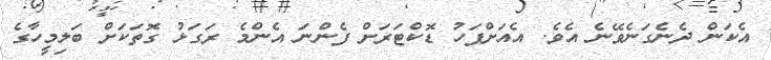
އެކަން ދެނެގަނެވޭނެ އެވެ. އެއަށްފަހު ޑޮކްޓަރަށް ފެންނަ އެންމެ ރަގަޅު ގޮތަކަށް ބަލިމީހާގެ